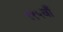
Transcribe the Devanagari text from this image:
११५वाँ